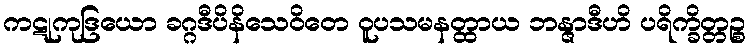
ကဋုကုဒြယော ခဂ္ဂဒီပိနိသေဝိတေ ဝူပသမနတ္ထာယ ဘန္ဇာဒီဟိ ပရိက္ခိတ္တဉ္စ